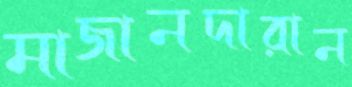
মাজানদারান